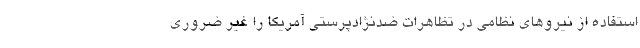
استفاده از نیروهای نظامی در تظاهرات ضدنژادپرستی آمریکا را غیر ضروری